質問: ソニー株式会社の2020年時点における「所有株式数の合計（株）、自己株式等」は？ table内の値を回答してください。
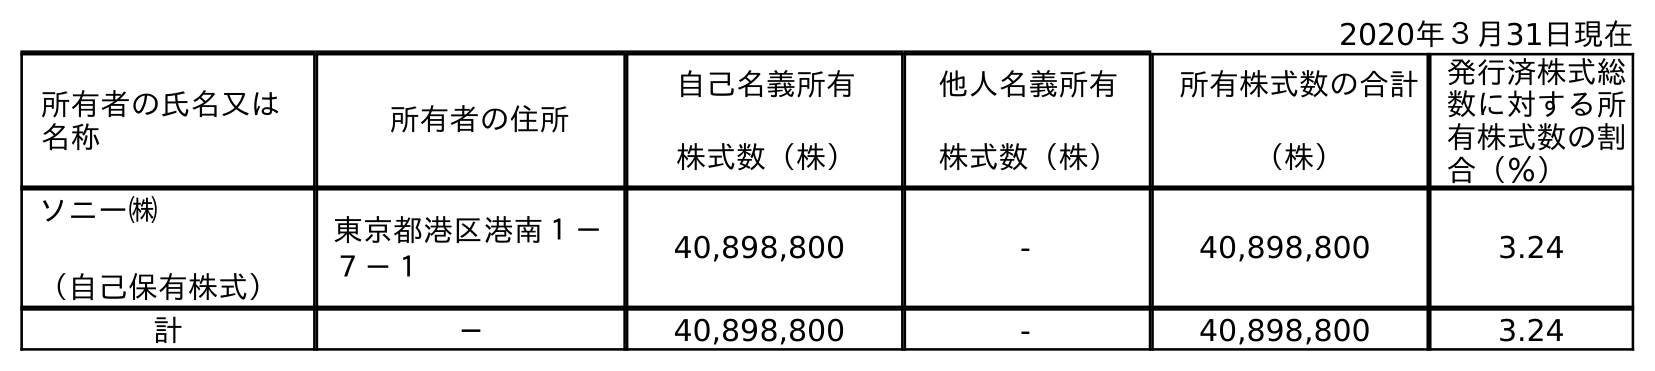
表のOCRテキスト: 2020年３月31日現在 所有者の氏名又は 名称 所有者の住所 自己名義所有 株式数（株） 他人名義所有 株式数（株） 所有株式数の合計 （株） 発行済株式総 数に対する所 有株式数の割 合（％） ソニー㈱ （自己保有株式） 東京都港区港南１－ ７－１ 40,898,800 - 40,898,800 3.24 計 ─ 40,898,800 - 40,898,800 3.24
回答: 40,898,800